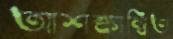
আশঙ্কান্বিত